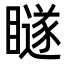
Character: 𭿨